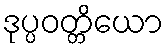
ဒုပ္ပဝတ္တိယော